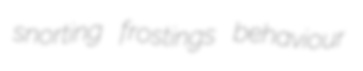
snorting frostings behaviour